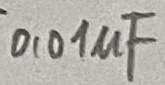
Text: 0,01uF